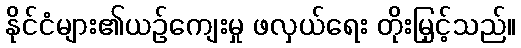
နိုင်ငံများ၏ယဉ်ကျေးမှု ဖလှယ်ရေး တိုးမြှင့်သည်။